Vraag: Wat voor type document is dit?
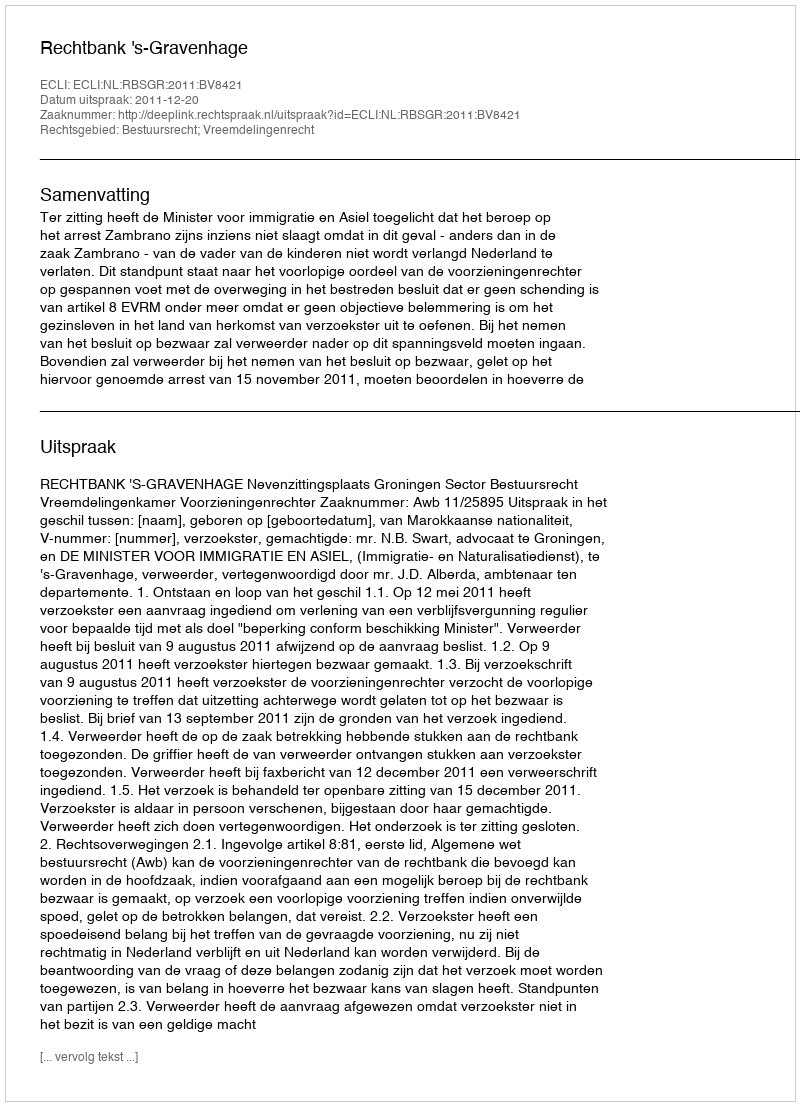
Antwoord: Uitspraak